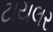
ટાયલર